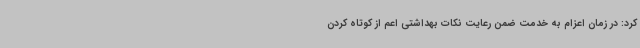
کرد: در زمان اعزام به خدمت ضمن رعایت نکات بهداشتی اعم از کوتاه کردن